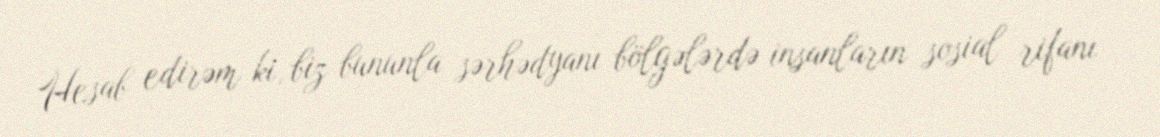
Hesab edirəm ki, biz bununla sərhədyanı bölgələrdə insanların sosial rifanı